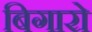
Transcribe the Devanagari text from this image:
बिगारो